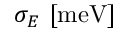
\sigma _ { E } \ [ \mathrm { m e V } ]